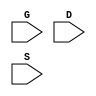
`timescale 1ns/1ps
`celldefine
module PMT2 (G, D, S);
input G;
input D;
input S;



endmodule
`endcelldefine